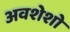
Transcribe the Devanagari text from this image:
अवशेशो